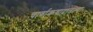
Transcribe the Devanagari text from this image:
चार्वाकवादातल्या